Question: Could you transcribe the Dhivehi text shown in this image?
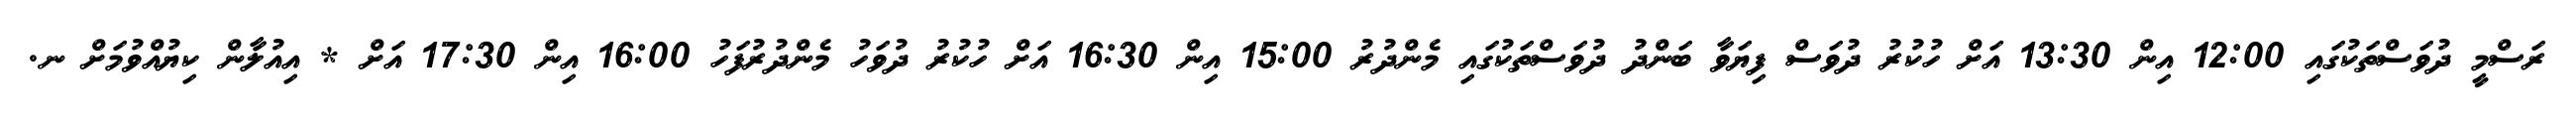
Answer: ރަސްމީ ދުވަސްތަކުގައި 12:00 އިން 13:30 އަށް ހުކުރު ދުވަސް ފިޔަވާ ބަންދު ދުވަސްތަކުގައި މެންދުރު 15:00 އިން 16:30 އަށް ހުކުރު ދުވަހު މެންދުރުފަހު 16:00 އިން 17:30 އަށް * އިއުލާން ކިޔުއްވުމަށް ނ.